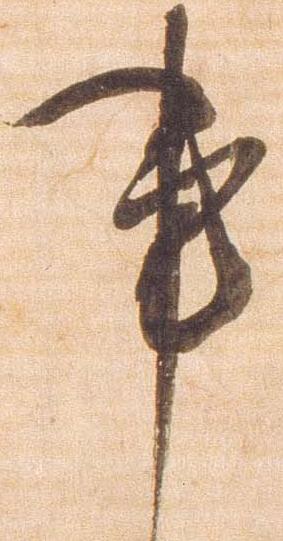
事